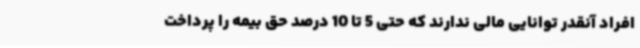
افراد آنقدر توانایی مالی ندارند که حتی 5 تا 10 درصد حق بیمه را پرداخت